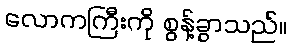
လောကကြီးကို စွန့်ခွာသည်။